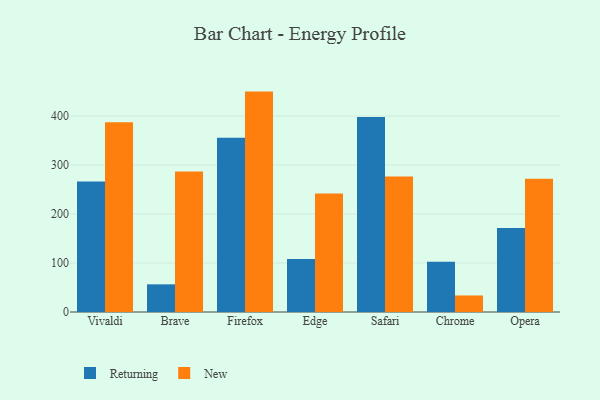
{"axis": {"x": "Browser", "y": "Temperature (°C)"}, "legend": ["New", "Returning"], "data": [{"x": "Vivaldi", "y": 266.4, "type": "Returning"}, {"x": "Vivaldi", "y": 387.3, "type": "New"}, {"x": "Brave", "y": 56.5, "type": "Returning"}, {"x": "Brave", "y": 286.7, "type": "New"}, {"x": "Firefox", "y": 355.9, "type": "Returning"}, {"x": "Firefox", "y": 450.0, "type": "New"}, {"x": "Edge", "y": 108.0, "type": "Returning"}, {"x": "Edge", "y": 242.2, "type": "New"}, {"x": "Safari", "y": 398.0, "type": "Returning"}, {"x": "Safari", "y": 276.7, "type": "New"}, {"x": "Chrome", "y": 102.6, "type": "Returning"}, {"x": "Chrome", "y": 33.8, "type": "New"}, {"x": "Opera", "y": 171.6, "type": "Returning"}, {"x": "Opera", "y": 272.3, "type": "New"}]}